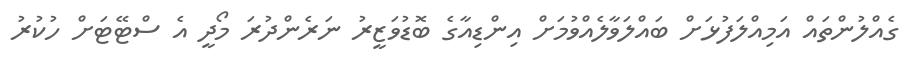
ގެއްލުންތައް އަމިއްލަފުޅަށް ބައްލަވާލެއްވުމަށް އިންޑިއާގެ ބޮޑުވަޒީރު ނަރެންދުރަ މޯދީ އެ ސްޓޭޓަށް ހުކުރު